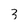
Character: 3